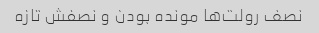
نصف رولت‌ها مونده بودن و نصفش تازه